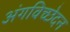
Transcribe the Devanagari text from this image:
अंगविच्छेदन